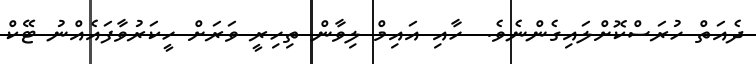
ދެއަތް ހުރަސްކޮށްލައިގެންނެވެ.  ހާއި އައިމް ލިވާން ތިހިރީ ވަރަށް ހީކަރުވާފައެއްނު ޓޭކް